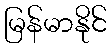
မြန်မာနိုင်